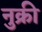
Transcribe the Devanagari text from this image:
नुक्री